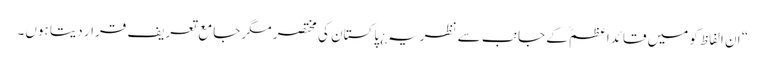
“ ان الفاظ کو میں قائداعظمؒ کے جانب سے نظریہ¿ پاکستان کی مختصر مگر جامع تعریف قرار دیتا ہوں۔